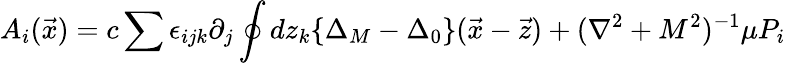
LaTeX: A_{i}(\vec{x})=c\sum\epsilon_{ijk}\partial_{j}\oint dz_{k}\{ \Delta_{M}-\Delta_{0}\} (\vec{x}-\vec{z})+(\nabla^{2}+M^{2})^{-1}\mu P_{i}